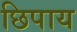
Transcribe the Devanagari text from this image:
छिपाय